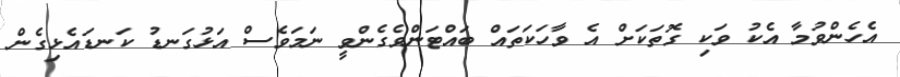
އެހެންވުމާ އެކު ވަކި ގޮތަކަށް އެ ވާހަކަތައް ބައްޓަންވެގެންވީ ނަމަވެސް އަޅުގަނޑު ކަނޑައެޅިގެން